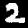
Label: 2